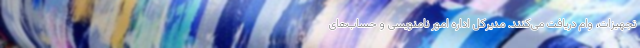
تجهیزات، وام دریافت می‌کنند. مدیرکل اداره امور نامنویسی و حساب‌های